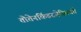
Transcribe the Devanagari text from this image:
तोतेनकिंडरजेस्चिचते